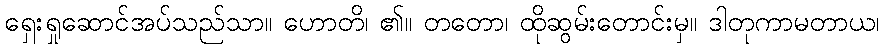
ရှေးရှုဆောင်အပ်သည်သာ။ ဟောတိ၊ ၏။ တတော၊ ထိုဆွမ်းတောင်းမှ။ ဒါတုကာမတာယ၊